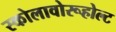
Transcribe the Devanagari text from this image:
स्कोलावोरूहोल्ट